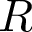
R